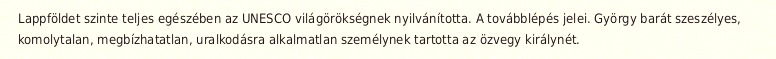
Lappföldet szinte teljes egészében az UNESCO világörökségnek nyilvánította. A továbblépés jelei. György barát szeszélyes, komolytalan, megbízhatatlan, uralkodásra alkalmatlan személynek tartotta az özvegy királynét.